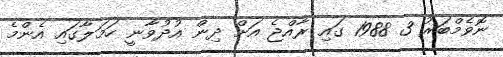
ނޮވެމްބަރު 3 1988 ގައި ރާއްޖެ އަށް ދިން އުދުވާނީ ހަމަލާގައި އެންމެ